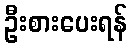
ဦးစားပေးရန်